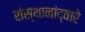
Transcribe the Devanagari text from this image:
संस्थानांद्वारे